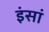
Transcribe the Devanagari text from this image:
इंसां